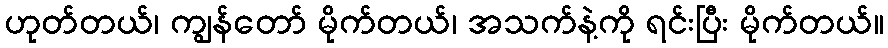
ဟုတ်တယ်၊ ကျွန်တော် မိုက်တယ်၊ အသက်နဲ့ကို ရင်းပြီး မိုက်တယ်။